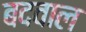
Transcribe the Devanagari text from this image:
बदवाल